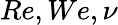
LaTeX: Re,We,\nu